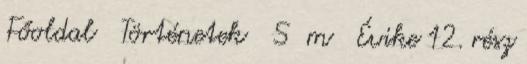
Főoldal Történetek S m Évike 12. rész